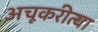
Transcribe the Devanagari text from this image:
अचूकरीत्या